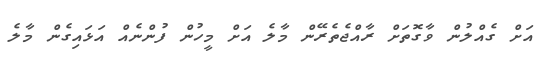
އަށް ގެއްލުން ވާގޮތަށް ރާއްޖެތެރޭން މާލެ އަށް މީހުން ފުންނެއް އަޅައިގެން މާލެ